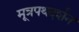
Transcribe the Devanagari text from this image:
मूत्रपथदर्शन